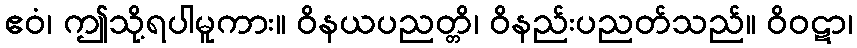
ဧဝံ၊ ဤသို့ရပါမူကား။ ဝိနယပညတ္တိ၊ ဝိနည်းပညတ်သည်။ ဝိဝဋာ၊